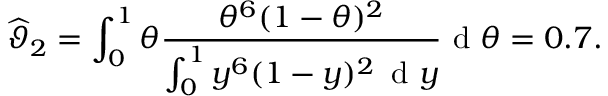
\widehat { \vartheta } _ { 2 } = \int _ { 0 } ^ { 1 } \theta \frac { \theta ^ { 6 } ( 1 - \theta ) ^ { 2 } } { \int _ { 0 } ^ { 1 } y ^ { 6 } ( 1 - y ) ^ { 2 } \, \mathrm { ~ d ~ } y } \mathrm { ~ d ~ } \theta = 0 . 7 .